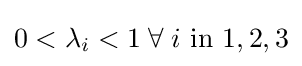
0<\lambda _{i}<1\;\forall \;i{\text{ in }}{1,2,3}